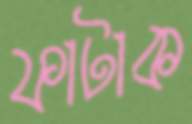
ফাটাক